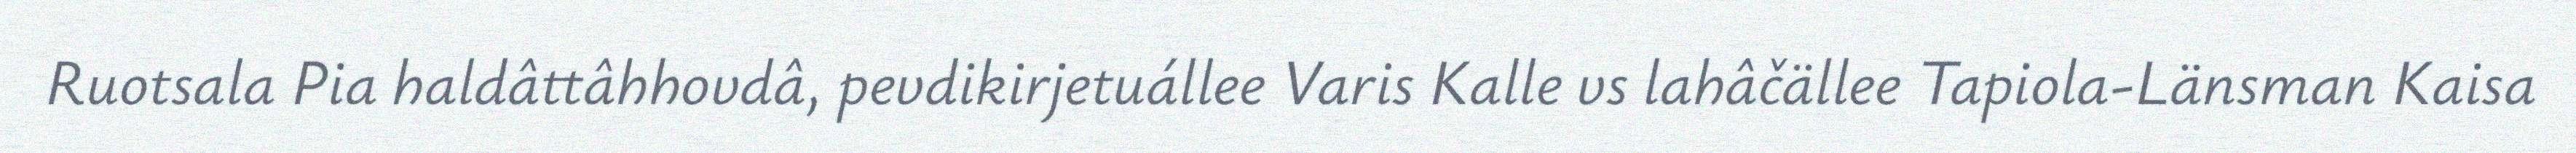
Ruotsala Pia haldâttâhhovdâ, pevdikirjetuállee Varis Kalle vs lahâčällee Tapiola-Länsman Kaisa